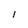
Character: 1